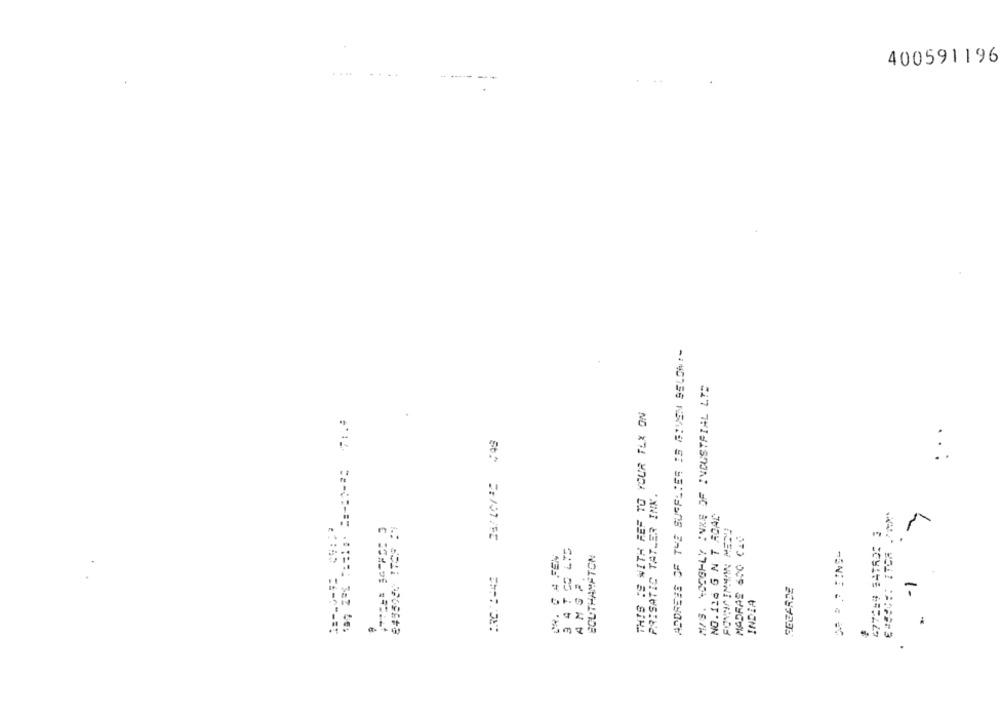
400591196
------ -
THIS IS WITH REF TO YOUR TLX ON
...
PRISATIC TATLER INK.
MADRAS 600 CLC
SOUTHAMPTON
ANGE
INDIA
1.
JHDH 1 N S PET'ON
NEW NUKWI JNADS